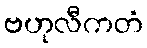
ဗဟုလီကတံ